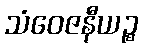
သံဝေဇနီယဉ္စ